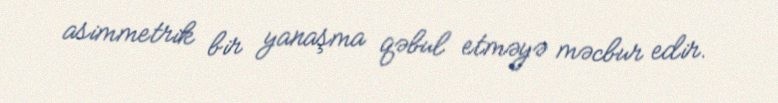
asimmetrik bir yanaşma qəbul etməyə məcbur edir.